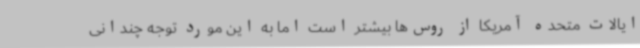
ایالات متحده آمریکا از روس‌ها بیشتر است اما به این مورد توجه چندانی